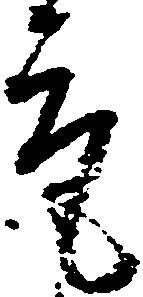
取